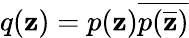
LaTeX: q(\mathbf{z})=p(\mathbf{z}){\overline{{{p({\overline{{{\mathbf{z}}}}})}}}}